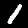
Label: 1